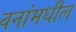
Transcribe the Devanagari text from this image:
वनांमधील